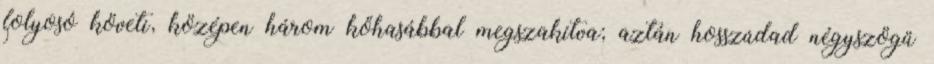
folyosó követi, középen három kőhasábbal megszakítva; aztán hosszúdad négyszögű